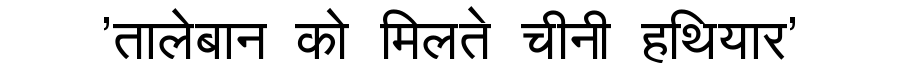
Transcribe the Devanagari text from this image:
'तालेबान को मिलते चीनी हथियार'